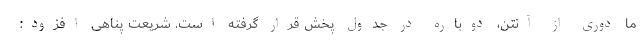
ما دوری از آنتن، دوباره در جدول پخش قرار گرفته است. شریعت پناهی افزود: